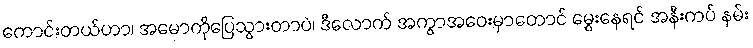
ကောင်းတယ်ဟာ၊ အမောကိုပြေသွားတာပဲ၊ ဒီလောက် အကွာအဝေးမှာတောင် မွှေးနေရင် အနီးကပ် နမ်း